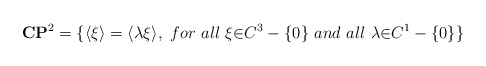
\begin{align*}{\bf C}{\bf P}^2=\{\langle\xi\rangle=\langle\lambda\xi\rangle,~for ~all ~{\xi}{\in}C^3-\{0\} ~and ~all~{\lambda}{\in}C^1-\{0\}\}\end{align*}